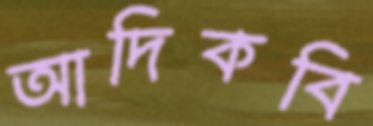
আদিকবি